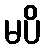
မပိ